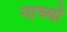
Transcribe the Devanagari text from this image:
नाच्यो